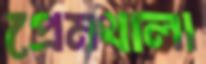
প্রেমথালা